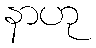
နာဟု